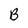
Character: B